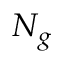
N _ { g }